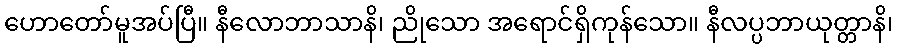
ဟောတော်မူအပ်ပြီ။ နီလောဘာသာနိ၊ ညိုသော အရောင်ရှိကုန်သော။ နီလပ္ပဘာယုတ္တာနိ၊